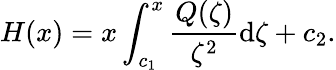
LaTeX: H(x)=x\int_{c_{1}}^{x}\frac{Q(\zeta)}{\zeta^{2}}\mathrm d\zeta+c_{2}.